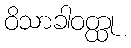
ဝိသာခါဝတ္ထု